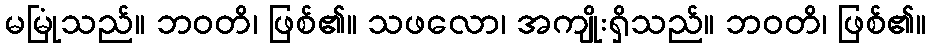
မမြုံသည်။ ဘဝတိ၊ ဖြစ်၏။ သဖလော၊ အကျိုးရှိသည်။ ဘဝတိ၊ ဖြစ်၏။